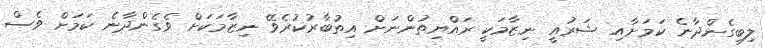
ލިބިގެންދާނެ ކަމަށާއި ޝަރުއީ ނިޒާމަކީ ރައްޔިތުންނަށް އިތުބާރުކުރެވޭ ނިޒާމަކަށް ވެގެންދާނެ ކަމަށް ވެސް